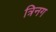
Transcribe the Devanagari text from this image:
त्रिनग